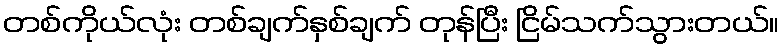
တစ်ကိုယ်လုံး တစ်ချက်နှစ်ချက် တုန်ပြီး ငြိမ်သက်သွားတယ်။